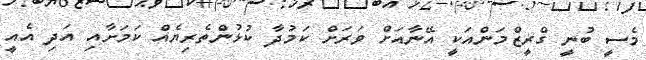
މެސީ ބުނީ ގްރީޒްމަންއަކީ އޭނާއަށް ވަރަށް ކަމުދާ ކުޅުންތެރިޔެއް ކަމަށާއި އަދި އެއީ